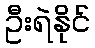
ဦးရဲနိုင်